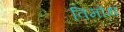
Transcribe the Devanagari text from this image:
विमोक्ष